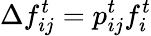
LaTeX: \Delta f_{ij}^{t}=p_{ij}^{t}f_{i}^{t}